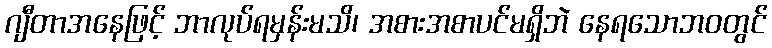
ဂျီတာအနေဖြင့် ဘာလုပ်ရမှန်းမသိ၊ အစားအစာပင်မရှိဘဲ နေရသောဘဝတွင်